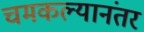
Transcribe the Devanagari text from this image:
चमकल्यानंतर